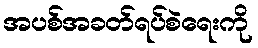
အပစ်အခတ်ရပ်စဲရေးကို